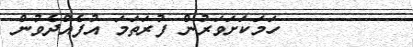
٦٢       ހަމަކަށަވަރުން ފުރަތަމަ އުފެއްދެވުން